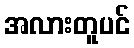
အလားတူပင်